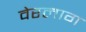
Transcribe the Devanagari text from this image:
वेरलाग